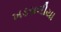
ખડસલીયા